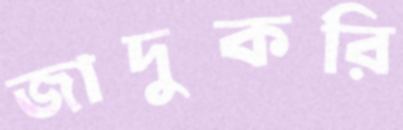
জাদুকরি